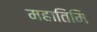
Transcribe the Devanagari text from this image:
महातिमि